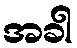
အခါ